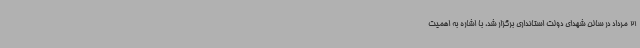
21 مرداد در سالن شهدای دولت استانداری برگزار شد، با اشاره به اهمیت